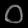
Digit: ၀